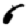
Digit: 6